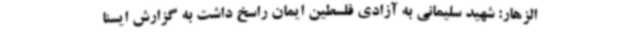
الزهار: شهید سلیمانی به آزادی فلسطین ایمان راسخ داشت به گزارش ایسنا